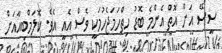
ސީސޭ އަށް އޮތް އެންމެ ބޮޑު ހިތްހަމަޖެހުމަކީ ވެސް އެއީ އެވެ. ކޮލަމްބިއާއަށް